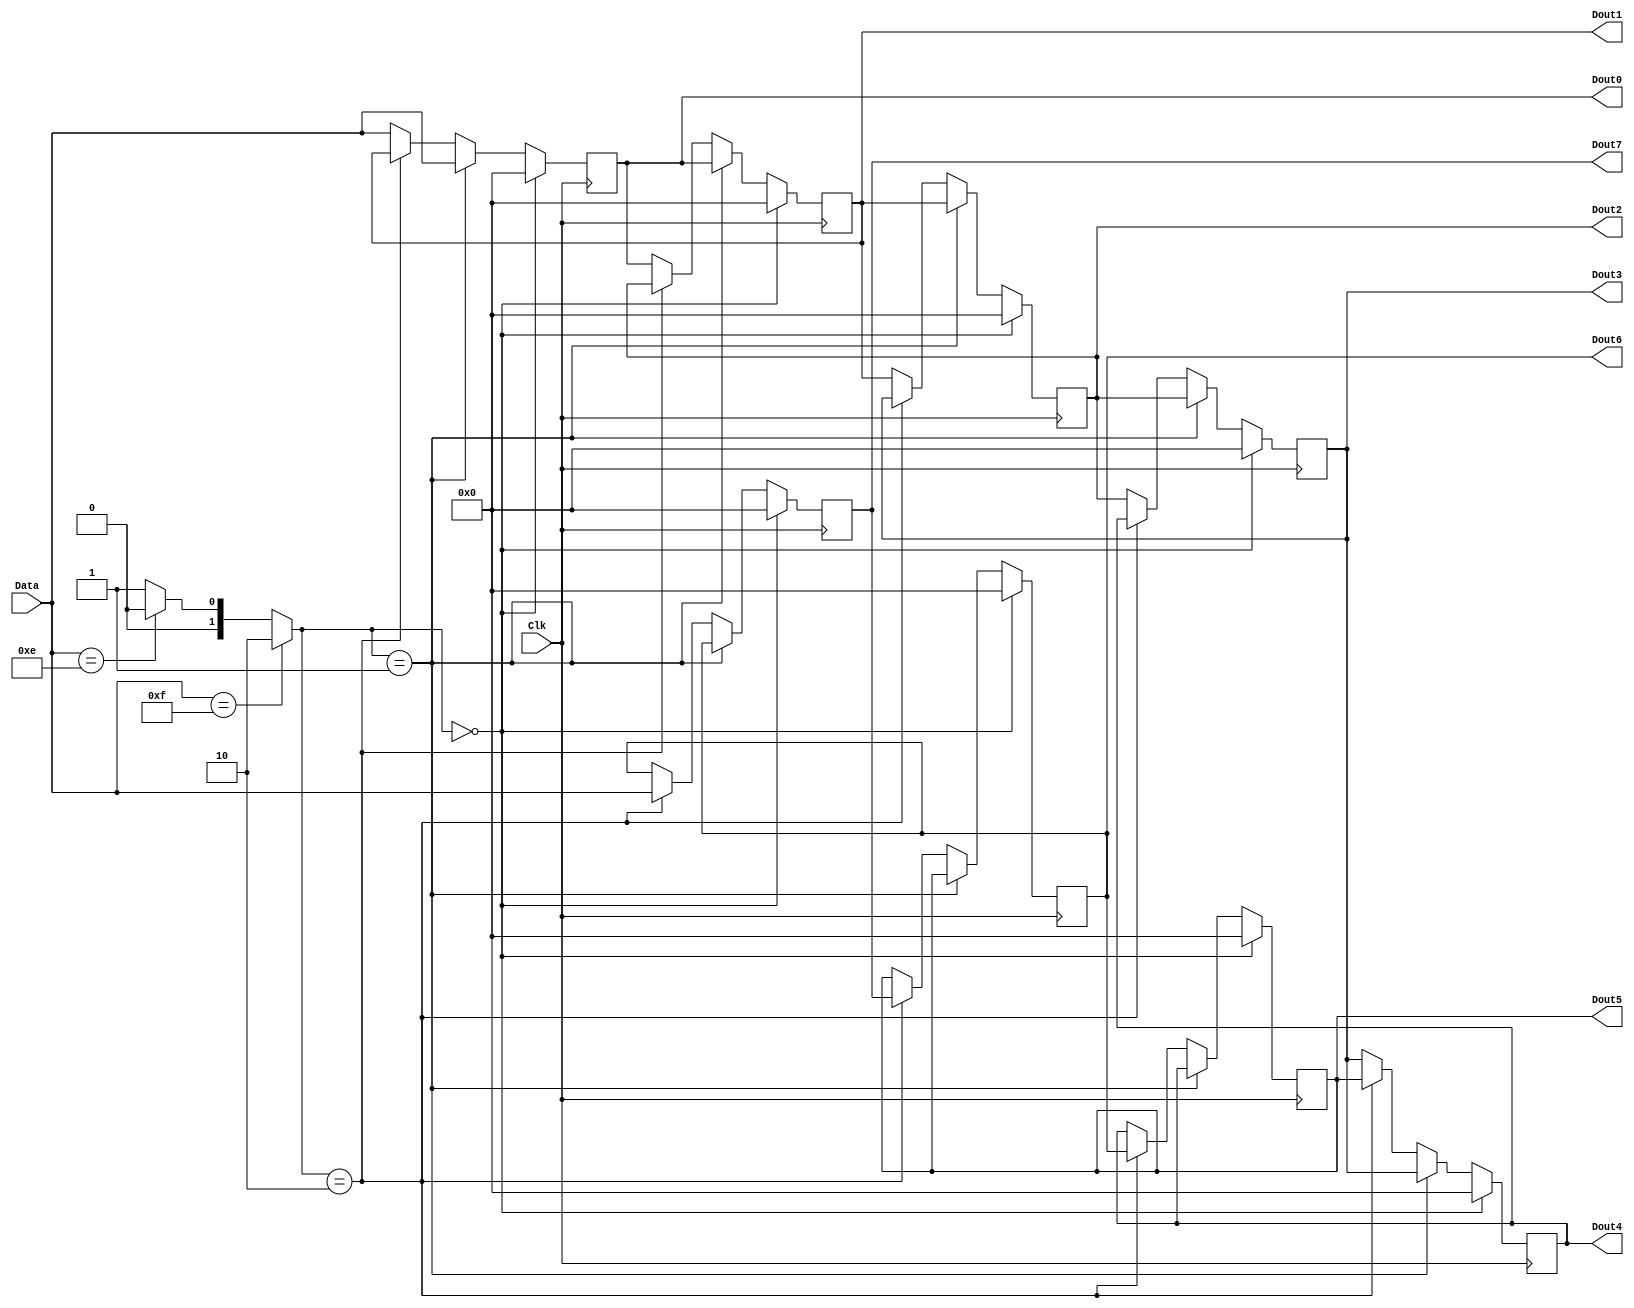
module shifting_register(Clk,Data,Dout0,Dout1,Dout2,Dout3,Dout4,Dout5,Dout6,Dout7);
input Clk;//
input [3:0]Data;//416
reg [1:0]Mode;//
output reg [3:0]Dout0,Dout1,Dout2,Dout3,Dout4,Dout5,Dout6,Dout7;

always @ (posedge Clk)
begin
	if (Data==4'b1111)	Mode=2'b10;
	else if (Data==4'b1110) Mode=2'b00;
	else 	Mode=2'b01;
	if (Mode == 2'b00)//
		begin
			Dout0	<=	4'b0000;
			Dout1	<=	4'b0000;
			Dout2	<=	4'b0000;
			Dout3	<=	4'b0000;
			Dout4	<=	4'b0000;
			Dout5	<=	4'b0000;
			Dout6	<=	4'b0000;
			Dout7	<=	4'b0000;
		end
	else if (Mode == 2'b01)//
		begin
			Dout7	<=	Dout6;
			Dout6	<=	Dout5;
			Dout5	<=	Dout4;
			Dout4	<=	Dout3;
			Dout3	<=	Dout2;
			Dout2	<=	Dout1;
			Dout1	<=	Dout0;
			Dout0	<=	Data;
		end
	else if (Mode == 2'b10)//
		begin
			Dout7	<=	Data;
			Dout6	<=	Dout7;
			Dout5	<=	Dout6;
			Dout4	<=	Dout5;
			Dout3	<=	Dout4;
			Dout2	<=	Dout3;
			Dout1	<=	Dout2;
			Dout0	<=	Dout1;
		end
	else
		begin
			Dout7	<=	Dout6;
			Dout6	<=	Dout5;
			Dout5	<=	Dout4;
			Dout4	<=	Dout3;
			Dout3	<=	Dout2;
			Dout2	<=	Dout1;
			Dout1	<=	Dout0;
			Dout0	<=	Data;
		end
end
endmodule